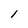
Character: 1